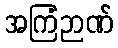
အကြံဉာဏ်